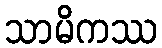
သာမိကဿ